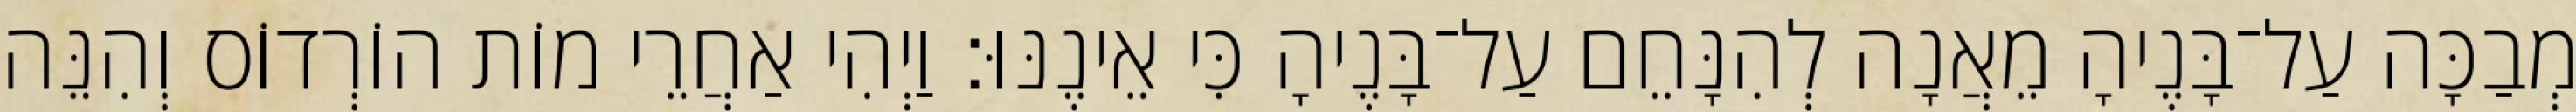
מְבַכָּה עַל־בָּנֶיהָ מֵאֲנָה לְהִנָּחֵם עַל־בָּנֶיהָ כִּי אֵינֶנּוּ׃ וַיְהִי אַחֲרֵי מוֹת הוֹרְדוֹס וְהִנֵּה